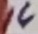
Text: 14